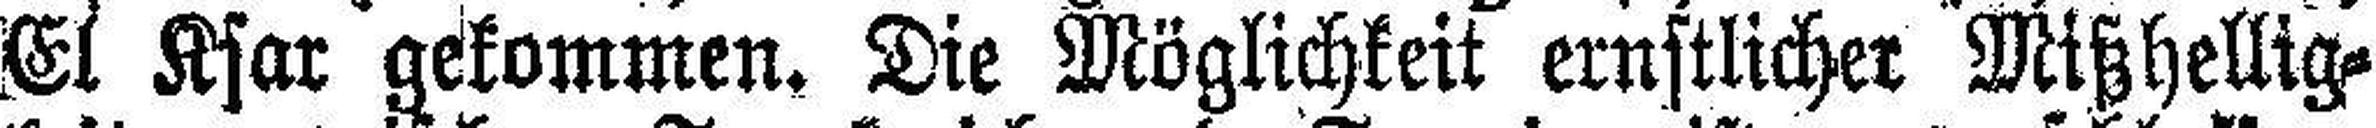
El Ksar gekommen. Die Möglichkeit ernstlicher Mißhellig¬